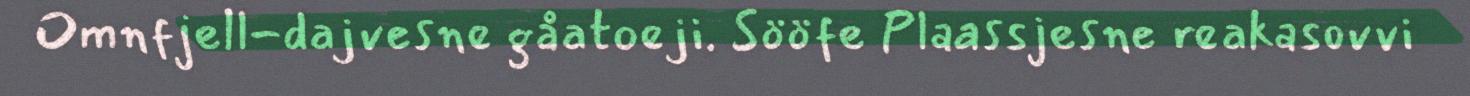
Omnfjell-dajvesne gåatoeji. Sööfe Plaassjesne reakasovvi